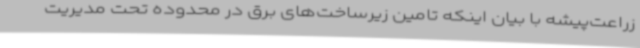
زراعت‌پیشه با بیان اینکه تامین زیرساخت‌های برق در محدوده تحت مدیریت